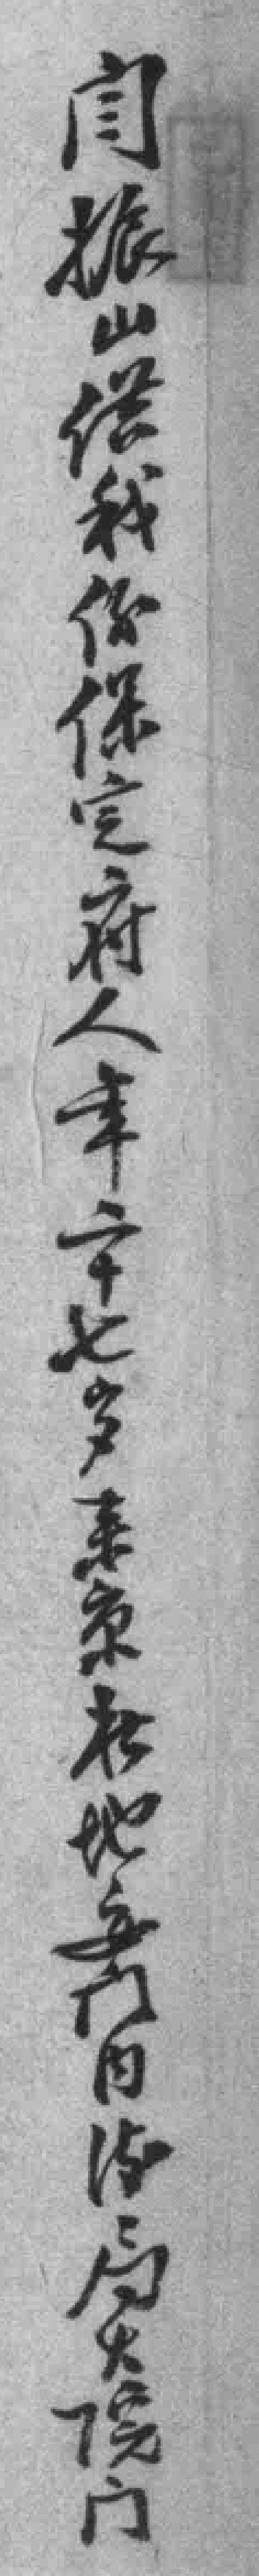
闫振山供我係保定府人年二十七岁来京於地安门内*局大院门